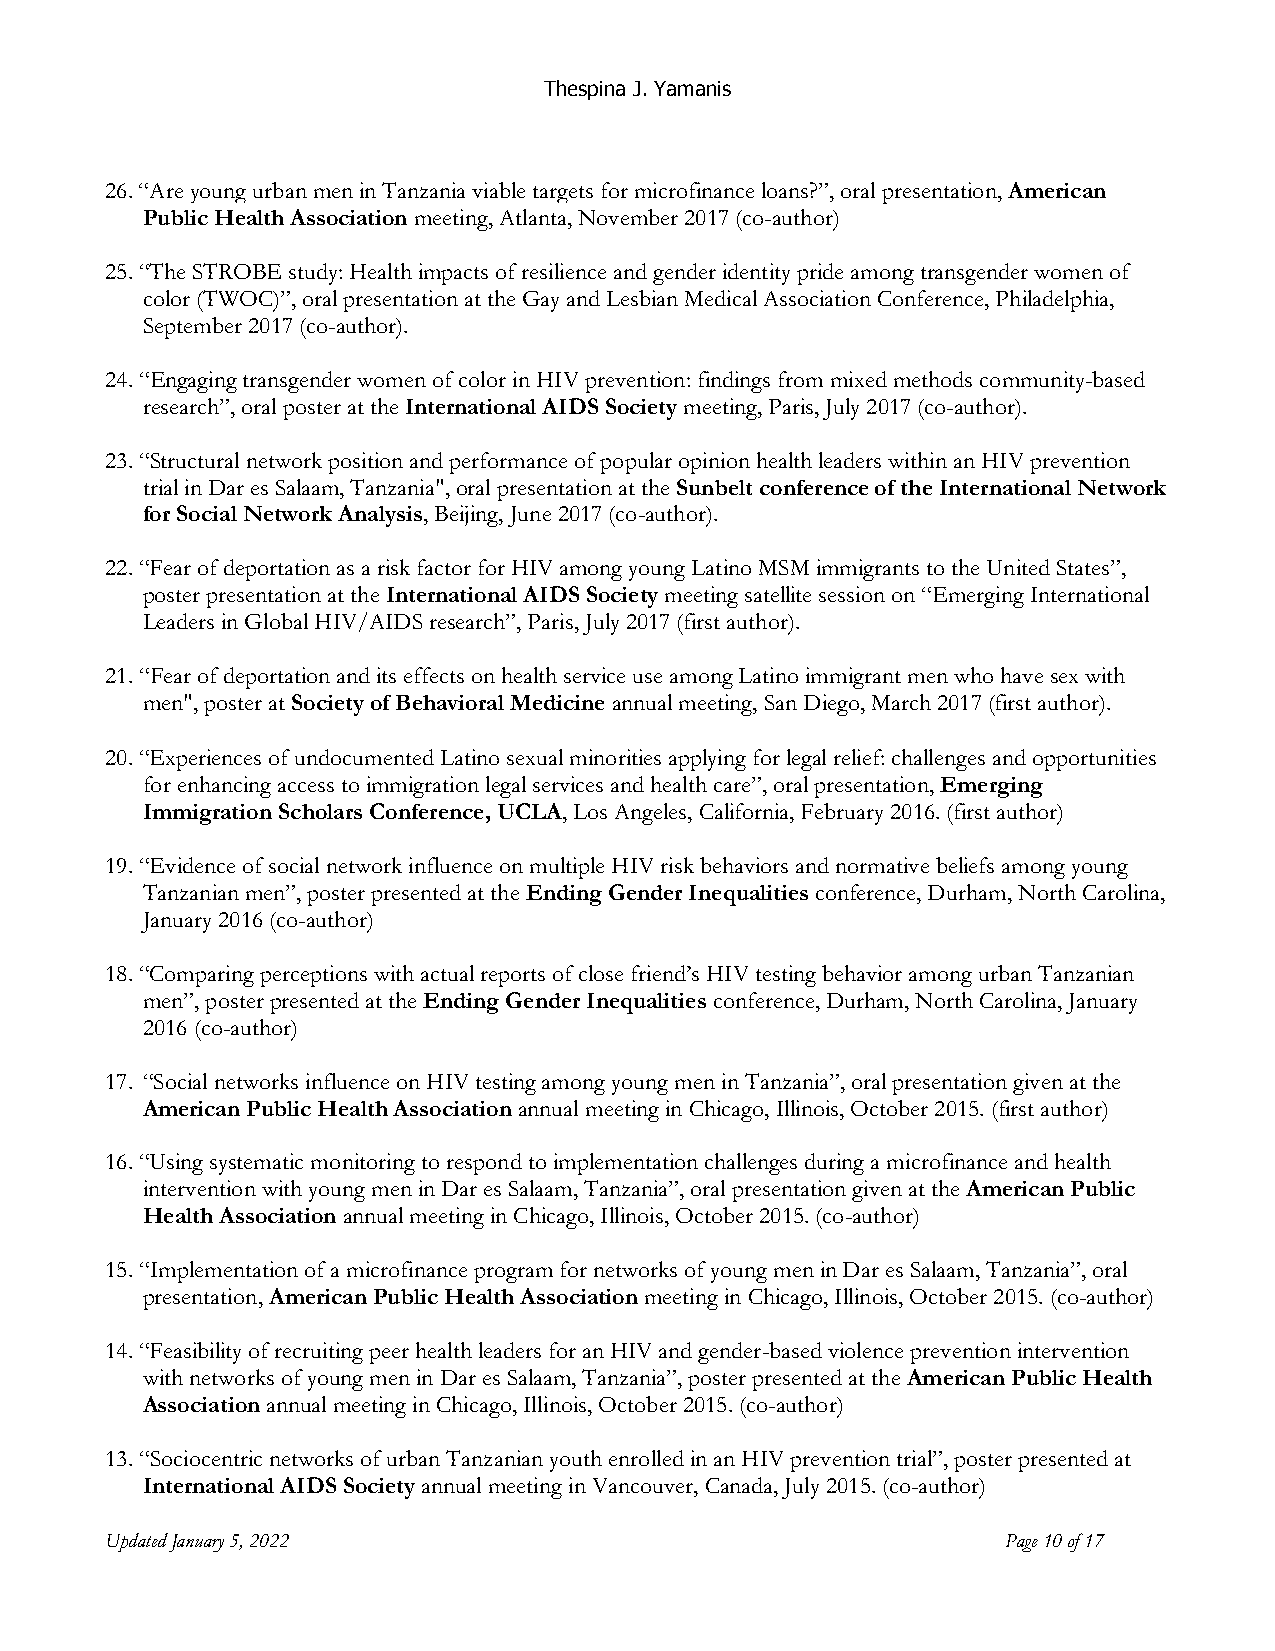
Thespina J. Yamanis
 26. “Are young urban men in Tanzania viable targets for microfinance loans?”, oral presentation, American
 Public Health Association meeting, Atlanta, November 2017 (co-author)
 25. “The STROBE study: Health impacts of resilience and gender identity pride among transgender women of
 color (TWOC)”, oral presentation at the Gay and Lesbian Medical Association Conference, Philadelphia,
 September 2017 (co-author).
 24. “Engaging transgender women of color in HIV prevention: findings from mixed methods community-based
 research”, oral poster at the International AIDS Society meeting, Paris, July 2017 (co-author).
 23. “Structural network position and performance of popular opinion health leaders within an HIV prevention
 trial in Dar es Salaam, Tanzania", oral presentation at the Sunbelt conference of the International Network
 for Social Network Analysis, Beijing, June 2017 (co-author).
 22. “Fear of deportation as a risk factor for HIV among young Latino MSM immigrants to the United States”,
 poster presentation at the International AIDS Society meeting satellite session on “Emerging International
 Leaders in Global HIV/AIDS research”, Paris, July 2017 (first author).
 21. “Fear of deportation and its effects on health service use among Latino immigrant men who have sex with
 men", poster at Society of Behavioral Medicine annual meeting, San Diego, March 2017 (first author).
 20. “Experiences of undocumented Latino sexual minorities applying for legal relief: challenges and opportunities
 for enhancing access to immigration legal services and health care”, oral presentation, Emerging
 Immigration Scholars Conference, UCLA, Los Angeles, California, February 2016. (first author)
 19. “Evidence of social network influence on multiple HIV risk behaviors and normative beliefs among young
 Tanzanian men”, poster presented at the Ending Gender Inequalities conference, Durham, North Carolina,
 January 2016 (co-author)
 18. “Comparing perceptions with actual reports of close friend’s HIV testing behavior among urban Tanzanian
 men”, poster presented at the Ending Gender Inequalities conference, Durham, North Carolina, January
 2016 (co-author)
 17. “Social networks influence on HIV testing among young men in Tanzania”, oral presentation given at the
 American Public Health Association annual meeting in Chicago, Illinois, October 2015. (first author)
 16. “Using systematic monitoring to respond to implementation challenges during a microfinance and health
 intervention with young men in Dar es Salaam, Tanzania”, oral presentation given at the American Public
 Health Association annual meeting in Chicago, Illinois, October 2015. (co-author)
 15. “Implementation of a microfinance program for networks of young men in Dar es Salaam, Tanzania”, oral
 presentation, American Public Health Association meeting in Chicago, Illinois, October 2015. (co-author)
 14. “Feasibility of recruiting peer health leaders for an HIV and gender-based violence prevention intervention
 with networks of young men in Dar es Salaam, Tanzania”, poster presented at the American Public Health
 Association annual meeting in Chicago, Illinois, October 2015. (co-author)
 13. “Sociocentric networks of urban Tanzanian youth enrolled in an HIV prevention trial”, poster presented at
 International AIDS Society annual meeting in Vancouver, Canada, July 2015. (co-author)
 Updated January 5, 2022                                     Page 10 of 17